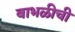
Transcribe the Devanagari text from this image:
बाभळीची